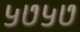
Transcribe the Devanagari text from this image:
५७५७